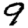
Digit: 9